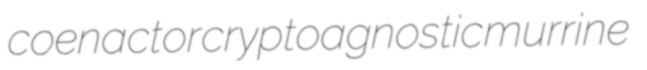
coenactor cryptoagnostic murrine